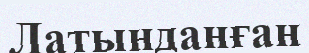
Латынданған